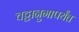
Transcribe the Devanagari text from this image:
चट्टानुगापर्यंत